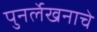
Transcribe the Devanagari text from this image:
पुनर्लेखनाचे